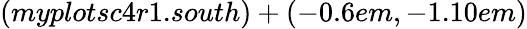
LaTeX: (myplotsc4r1.south)+(-0.6em,-1.10em)